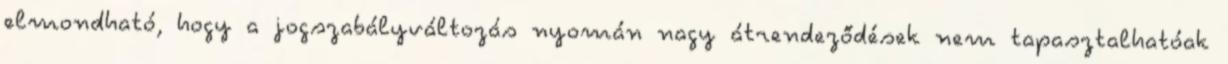
elmondható, hogy a jogszabályváltozás nyomán nagy átrendeződések nem tapasztalhatóak